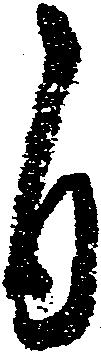
自